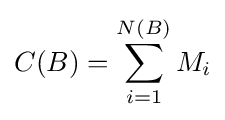
C(B)=\sum _{i=1}^{N(B)}M_{i}